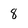
Character: 8